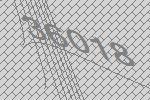
36018